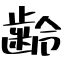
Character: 齢